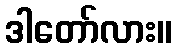
ဒါတော်လား။